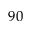
9 0